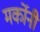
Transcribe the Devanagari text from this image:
मर्कोनी